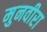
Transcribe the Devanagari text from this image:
मुनवीरा